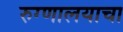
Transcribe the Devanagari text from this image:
रुग्णालयाचा